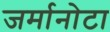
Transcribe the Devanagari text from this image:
जर्मानोटा